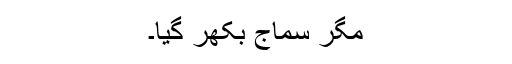
مگر سماج بکھر گیا۔